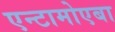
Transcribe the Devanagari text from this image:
एन्टामोएबा